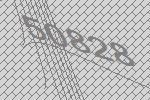
50828